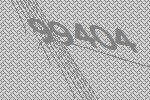
99404